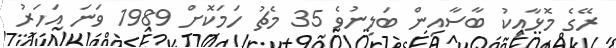
ރޭގެ މޮޅާއިކު ބާސާއިން ބަލިނުވެ 35 މެޗު ހަމަކޮށް 1989 ވަނަ އަހަރު